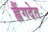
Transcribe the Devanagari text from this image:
ह्लैंगदेत